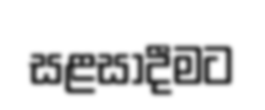
සළසාදීමට